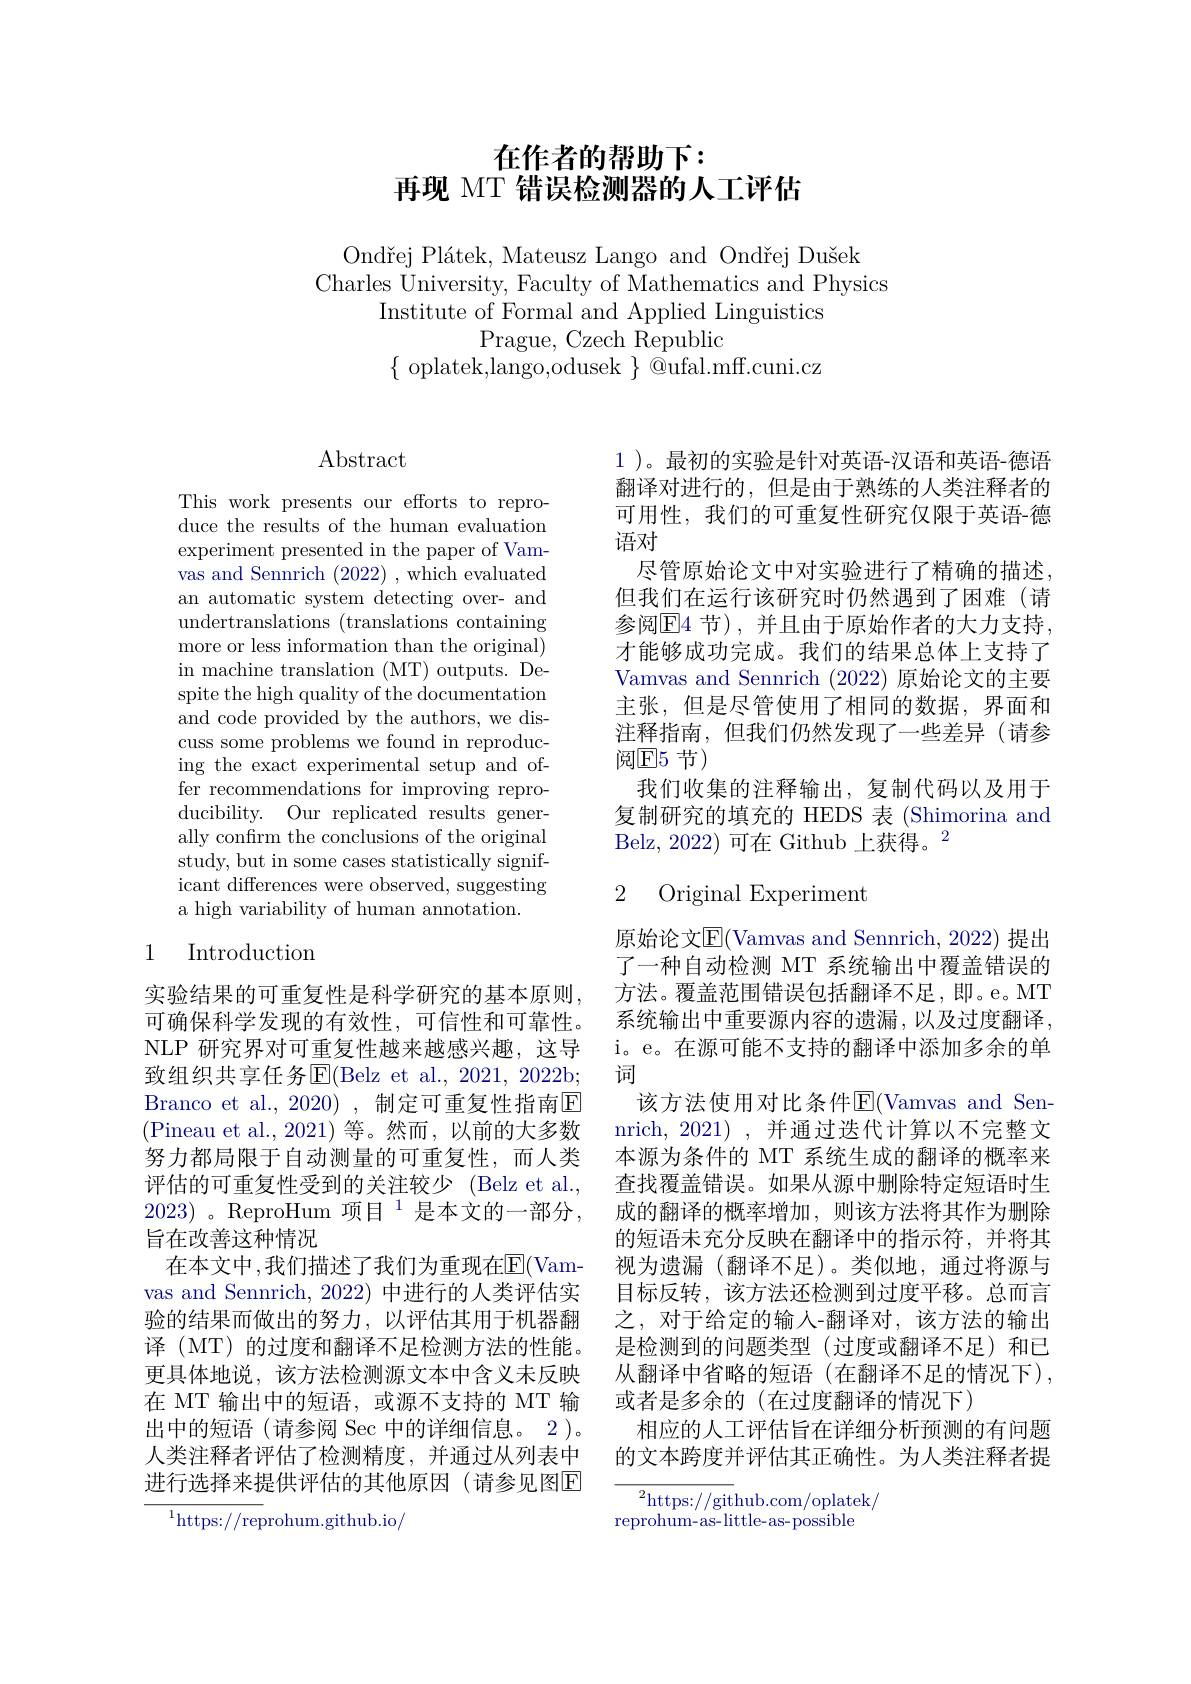
# 在作者的帮助下： 再现 MT 错误检测器的人工评估

$Ond\v{r}ej Pl\'{a}tek, Mateusz Lango and Ond\v{r}ej Du\v{s}ek$
Charles University, Faculty of Mathematics and Physics
Institute of Formal and Applied Linguistics
Prague, Czech Republic
$\{$oplatek,lango,odusek$\}$@ufal.mff.cuni.cz

$\operatorname{Abstract}$

This work presents our efforts to reproduce the results of the human evaluation experiment presented in the paper of Vamvas and Sennrich (2022) , which evaluated an automatic system detecting over- and undertranslations (translations containing more or less information than the original) in machine translation (MT) outputs. Despite the high quality of the documentation and code provided by the authors, we discuss some problems we found in reproducing the exact experimental setup and offer recommendations for improving reproducibility. Our replicated results generally confirm the conclusions of the original study, but in some cases statistically significant differences were observed, suggesting a high variability of human annotation.

## 1 Introduction

实验结果的可重复性是科学研究的基本原则， 可确保科学发现的有效性，可信性和可靠性。NLP 研究界对可重复性越来越感兴趣，这导致组织共享任务E$( Belz et al. , 2021, 2022$b; Branco et al., 2020) ,制定可重复性指南$\overline{\mathrm{E}}$ (Pineau et al.,2021)等。然而，以前的大多数努力都局限于自动测量的可重复性，而人类评估的可重复性受到的关注较少 (Belz et al., $2023)\mathrm{~。ReproHum~项目~}^{1}$是本文的一部分， 旨在改善这种情况
在本文中，我们描述了我们为重现在$\overline{\mathrm{E}}($Vamvas and Sennrich, 2022) 中进行的人类评估实验的结果而做出的努力，以评估其用于机器翻译 (MT) 的过度和翻译不足检测方法的性能。更具体地说，该方法检测源文本中含义未反映在 MT 输出中的短语，或源不支持的 MT 输出中的短语(请参阅 Sec 中的详细信息。2)。人类注释者评估了检测精度，并通过从列表中进行选择来提供评估的其他原因(请参见图E

$^{1}$https://reprohum.github.io/

1 )。最初的实验是针对英语-汉语和英语-德语翻译对进行的，但是由于熟练的人类注释者的可用性，我们的可重复性研究仅限于英语-德语对
尽管原始论文中对实验进行了精确的描述， 但我们在运行该研究时仍然遇到了困难(请参阅$\overline{\mathrm{E}}4$ 节),并且由于原始作者的大力支持， 才能够成功完成。我们的结果总体上支持了Vamvas and Sennrich (2022) 原始论文的主要主张，但是尽管使用了相同的数据，界面和注释指南，但我们仍然发现了一些差异(请参阅$\textcircled{\text{E}}5$节)
我们收集的注释输出，复制代码以及用于复制研究的填充的 HEDS 表 (Shimorina and Belz, 2022) 可在 Github 上获得。$^2$

# 2 Original Experiment

原始论文$\overline{\mathrm{E}}($Vamvas and Sennrich, 2022) 提出了一种自动检测 MT 系统输出中覆盖错误的方法。覆盖范围错误包括翻译不足，即。e。MT 系统输出中重要源内容的遗漏，以及过度翻译， i。e。在源可能不支持的翻译中添加多余的单词
该方法使用对比条件E$( Vamvas and Sen- 1$ nrich, 2021) , 并通过迭代计算以不完整文本源为条件的 MT 系统生成的翻译的概率来查找覆盖错误。如果从源中删除特定短语时生成的翻译的概率增加，则该方法将其作为删除的短语未充分反映在翻译中的指示符，并将其视为遗漏 (翻译不足)。类似地，通过将源与目标反转，该方法还检测到过度平移。总而言之，对于给定的输人-翻译对，该方法的输出是检测到的问题类型(过度或翻译不足)和已从翻译中省略的短语(在翻译不足的情况下), 或者是多余的(在过度翻译的情况下)
相应的人工评估旨在详细分析预测的有问题的文本跨度并评估其正确性。为人类注释者提

$^2$https://github.com/oplatek/

$\tilde{\text{reprohum-as-little-as-possible}}$